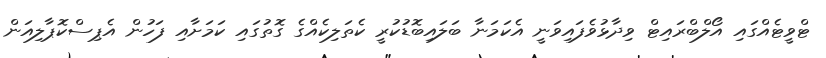
ޓްވީޓެއްގައި އޯލްބްރައިޓް ވިދާޅުވެފައިވަނީ އެކަމަނާ ބަލައިބޮޑުކުރީ ކެތަލިކެއްގެ ގޮތުގައި ކަމަށާއި ފަހުން އެޕިސްކޮޕާލިއަން